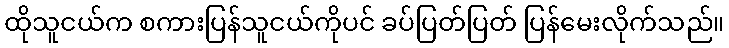
ထိုသူငယ်က စကားပြန်သူငယ်ကိုပင် ခပ်ပြတ်ပြတ် ပြန်မေးလိုက်သည်။